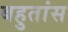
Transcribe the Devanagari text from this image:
बहुतांस